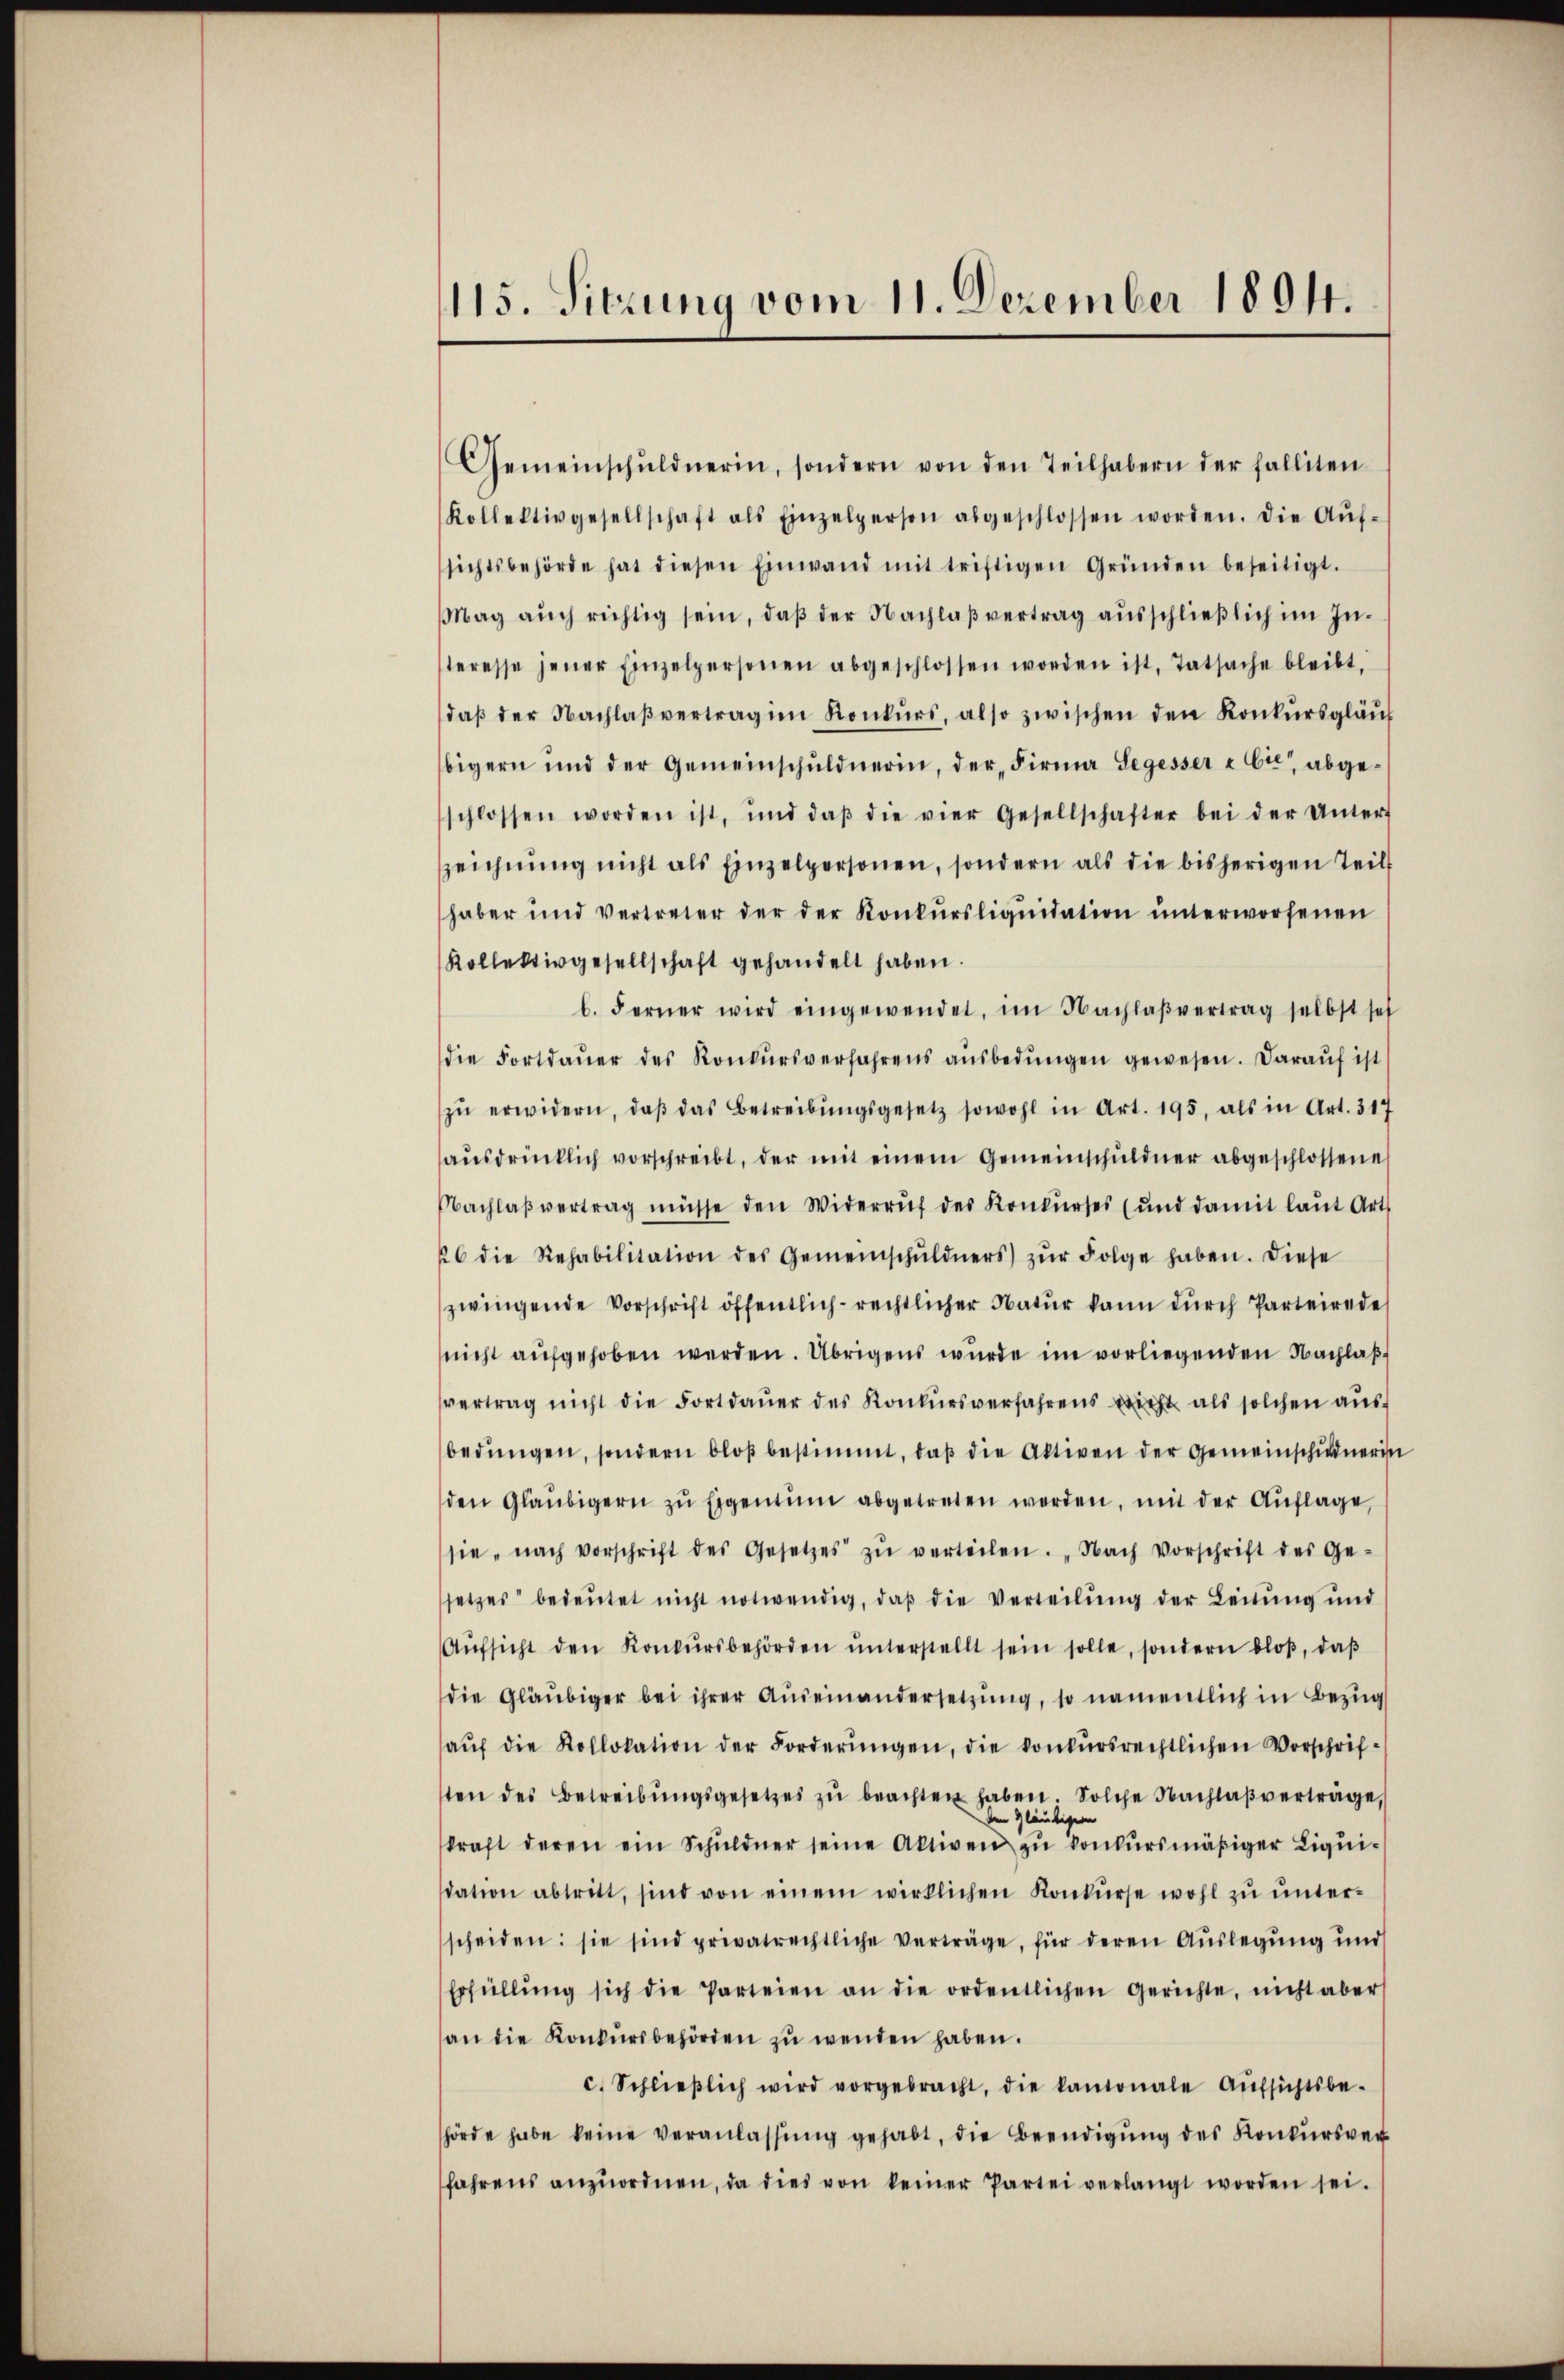
115. Sitzung vom 11. Dezember 1894.

Gemeinschŭldnerin, sondern von den Teilhabern der falliten
Kollektivgesellschaft als Einzelperson abgeschlossen worden. Die Aŭf-
sichtsbehörde hat diesen Einwand mit triftigen Gründen beseitigt.
Mag aŭch richtig sein, daβ der Nachlaβ vertrag aŭsschlieβlich im In-
teresse jener Einzelpersonen abgeschlossen worden ist, Tatsache bleibt.
daβ der Nachlaβ vertrag im Konkŭrs, also zwischen den Konkŭrsgläŭt
bigern und der Gemeinschŭldnerin, der Firma Segesser & Cie abge-
schlossen worden ist, und daβ die vier Gesellschafter bei der Unter-
zeichnŭng nicht als Einzelpersonen, sondern als die bisherigen Teil
haber und vertreter der der Konkŭrsliqŭidation ŭnterworfenen
Kollektivgesellschaft gehandelt haben.
b. Ferner wird eingewendet, im Nachlaβvertrag selbst sei
die Fortdaŭer des Konkŭrsverfahrens aŭsbedŭngen gewesen. Darauf ist
zŭ erwidern, daβ das Betreibŭngsgesetz sowohl in Art. 195, als in Art. 317
aŭsdrücklich vorschreibt, der mit einem Gemeinschuldner abgeschlossene
Nachlaβ vertrag müsse den Widerruf des Konkurses (und damit laŭt Art
26 die Rehabilitation des Gemeinschŭldners zŭr Folge haben. Diese
zwingende Vorschrift öffentlich-rechtlicher Natŭr kann dŭrch Parteirede
nicht aŭfgehoben werden. Übrigens wurde im vorliegenden Nachlaβ
vertrag nicht die Fortdauer des Konkursverfahrens nicht als solchen aus
bedŭngen, sondern bloβ bestimmt, daβ die Aktiven der Gemeinschuldnerisc
den Gläubigern zŭ Eigentum abgetreten werden, mit der Auflage
sie, nach vorschrift des Gesetzes zŭ verteilen. „Nach Vorschrift des Ge-
setzes bedeŭtet nicht notwendig, daβ die Verteilŭng der Leitŭng ŭnd
Aŭfsicht den Konkŭrsbehörden ŭnterstellt sein solle, sondern bloβ, daβ
die Gläubiger bei ihrer Aŭseinandersetzŭng, so namentlich in Bezug
aŭf die Kollokation der Forderŭngen, die konkursrechtlichen Vorschrif-
ten des Betreibŭngsgesetzes zŭ beachten haben. Solche Nachlaβ verträge,
den Gläubigern
kraft deren ein Schŭldner seine Aktiven zŭ konkŭrsmäβiger Liqŭi-
dation abtritt, sind von einem wirklichen Konkŭrse wohl zŭ ŭnter-
scheiden: sie sind privatrechtliche Verträge, für deren Auslegung und
Erfüllŭng sich die Parteien an die ordentlichen Gerichte, nicht aber
an die Konkursbehörden zu wenden haben.
c. Schlieβlich wird vorgebracht, die kantonale Aŭfsichtsbe-
hörde habe keine veranlassŭng gehabt, die Beendigŭng des Konkursver
fahrens anzŭordnen, da dies von keiner Partei verlangt worden sei.